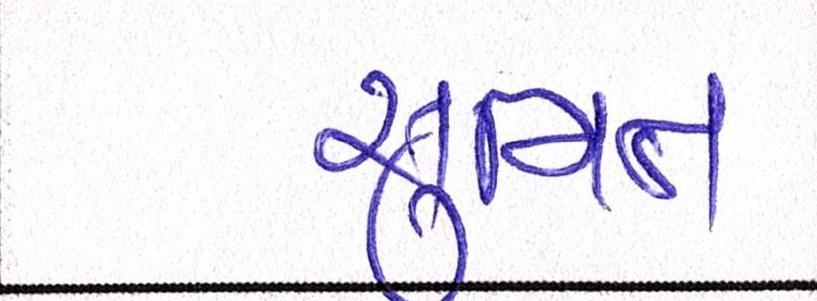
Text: સુમિત